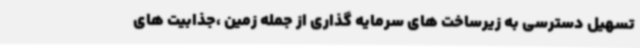
تسهیل دسترسی به زیرساخت های سرمایه گذاری از جمله زمین ،جذابیت های